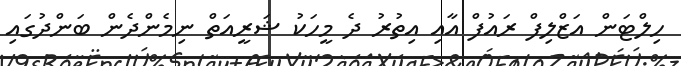
ހިލްޓަން އަޒްލިފް ރައުފް އާއި އިތުރު ދެ މީހަކު ޝަރީއަތް ނިމެންދެން ބަންދުގައި